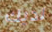
لديك